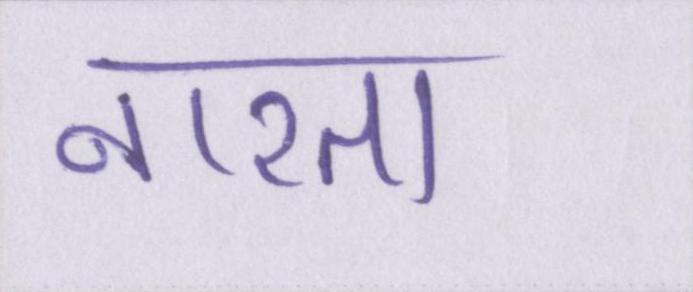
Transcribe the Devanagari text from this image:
नाश्ता